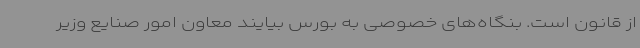
از قانون است. بنگاه‌های خصوصی به بورس بیایند معاون امور صنایع وزیر